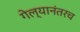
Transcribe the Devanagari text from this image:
गेल्यानंतरच